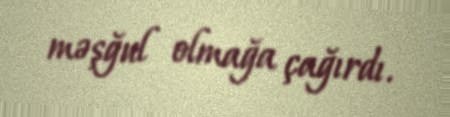
məşğul olmağa çağırdı.